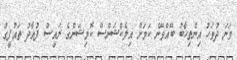
ވަނަ ދުވަހު އިންތިޚާބު ބޭއްވޭނެ ކަމަށް އިލެކްޝަންސް ކޮމިޝަންގެ ރައީސް ފުއާދު ތައުފީގު